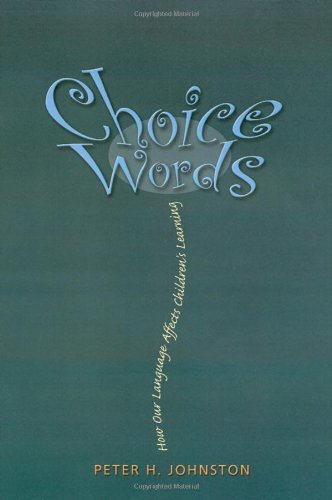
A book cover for Choice Words: How Our Language Affects Children's Learning; Peter H. Johnston; Education & Teaching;